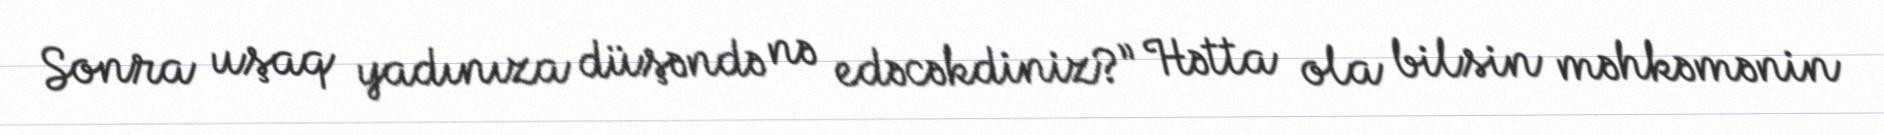
Sonra uşaq yadınıza düşəndə nə edəcəkdiniz?” Hətta ola bilsin məhkəmənin